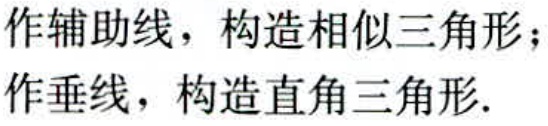
作辅助线，构造相似三角形；

作垂线，构造直角三角形.